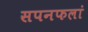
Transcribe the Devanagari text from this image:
सपनफलां